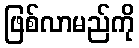
ဖြစ်လာမည်ကို